King Institute of Preventive Medicine Micro-Biological Section reports 1909-11
Year: 1909
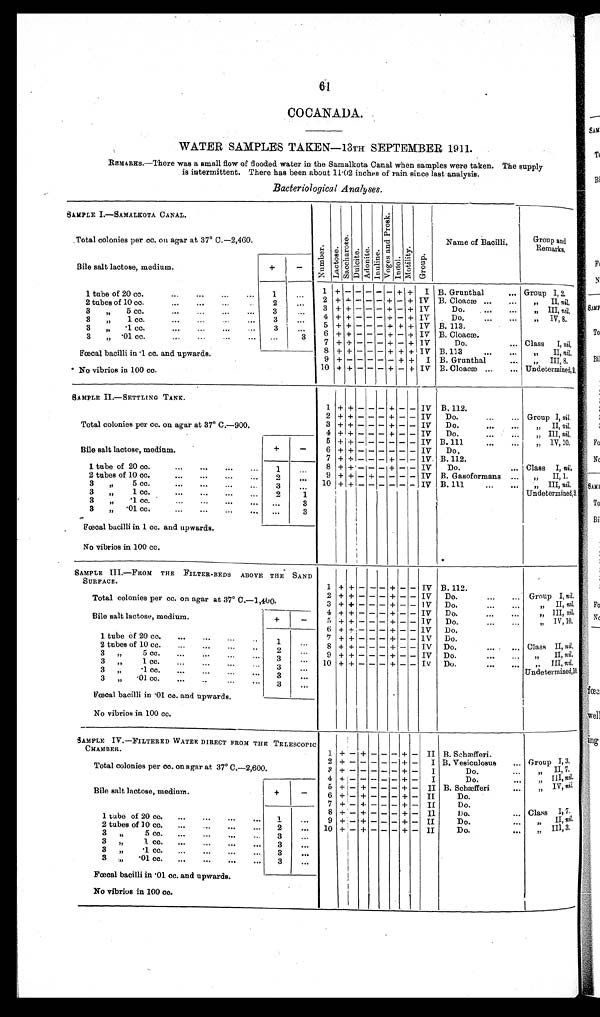
61
COCANADA.
WATER SAMPLES TAKEN —13TH SEPTEMBER 1911.
REMARKS.—There was a small flow of flooded water in the Samalkota Canal when samples were taken. The supply
is intermittent. There has been about 11 .02 inches of rain since last analysis.
Bacteriological Analyses.
SAMPLE I.—SAMALKOTA CANAL.
N u m b e r .
L a c t o s e .
S a c c h a r o s e .
D u l c i t e .
Adoni t e . I n u l i n e .
V o g e s a n d P r o s k .
I n d o l .
M o t i l i t y .
G r o u p .
Name of Bacilli.
Group and Remarks.
l'
Total colonies per cc. on agar at 37° C—2,460.
Bile salt lactose, medium.
+
-
1 tube of 20 cc.
...
...
...
...
1
. . .
1 +
-
- - - - + +
I B. Grunthal
.... Group I, 2.
2 + +
. - . - . . . - +
- + IV B. Cloacæ ...
. . .
II, nil,
2 tubes of 10 cc.
.
...
....
2
. . .
,, III nil,
3 + +
. . - - . - +
- + IV
Do.
. . .
3 ,, 5
cc
...
...
3
. . .
4 + +
. - . - . - +
- + IV
Do.
...
. . .
,, IV, 8.
3
,, 1 c c .
. . .
. . .
. . .
3
. . .
5
+ +
- - - + + + IV B. 113.
3
,,
.1 cc.
...
...
...
...
3
. . .
6 + +
- - - +
- + IV B. Cloacm.
3
„ .01 cc. ... ... ...
. . .
3
Class
I, nil.
7 + +
- - . - +
- + IV
Do.
. . .
8 + +
- - - + + + IV B. 113
. . .
...
II, nil,
Fœcal bacilli in .1 cc. and upwards.
„
III, 8.
9
+ -
- - - - + +
I B. Grunthal
. . .
*No vibrios in 100 cc.
Undetermined,,2,
10 + +
- - - +
- + IV B. Cloacae ...
. . .
SAMPLE II.—SETTLING TANK.
1
+ + -
- - + -
-
IV B.112.
Group I, nil,
Total colonies per cc. on agar at 37° C.—900.
2 + + -
- - +
- . - . IV
Do.
...
...
3 + + -
- - +
- . . - . IV
Do.
. . .
...
, , I I , n i l ,
, , I I I n i l
4
+ + -
- - + - - IV
Do.
. . .
...
1V, 10,
Bile salt lactose, medium.
+
-
5
+ + -
- - + - - IV B. 111
. . .
...
. . .
. . .
6 + +
-
- - + - - IV
Do.
7
+ + -
- - + - - IV. B.112.
Class I, nil,
1 tube of 20 cc.
...
. . .
. . .
1
. . .
8
+ + ++ -
- - + + - . . - . IV
Do.
...
, , I I 1 .
2 tubes of 10 cc.
...
. . .
. . .
2
. . .
9 + + -
+ - . + . . - . . - . IV B. Gasoformans ...
...
, , I I I , n i l ,
10 + +
-
- - + - - IV B. 111
. . .
. . .
3
„
5 cc.
...
. . .
. . .
3
. . . . . .
Undetermined,9,
3
„
1 cc.
...
. . .
. . .
2
1
3 , , . 1 c c
. . .
. . .
. . .
. . .
3
3
„
. 0 1 c c .
. . .
. . .
. . .
3
Fœcal bacilli in 1 cc. and upwards.
No vibrios in 100 cc.
SAMPLE III.—FROM THE FILTER-BEDS ABOVE THE SAND
SURFACE.
1 + + -
- - + -
- IV B. 112.
Group I, nil,
Total colonies per cc. on agar at 37° C.—1,400.
2 + + -
- - + -
- IV
Do.
...
...
, , I I , n i l.
3 + + -
- - + -
- IV
Do.
. . .
...
, , I I I n i l
Bile salt lactose, medium.
+
-
4 +
+ -
- - + -
- IV
Do.
...
...
,, IV, 10,
5 + + -
- - + -
- IV
Do
. . .
....
6 +
+ -
- - + -
- IV
Do.
1 tube of 20 cc.
...
...
...
1
. . . '7 +
+ -
- - + -
- IV
Do.
Class II, nil,
2 tubes of 10 cc.
...
...
...
...
2
. . .
8 + + -
- - + -
- IV Do.
...
, , I I , n i l,
3
,,
5 cc.
...
...
...
...
3
. . .
9 + + -
- - + -
- IV Do
. . .
...
, , I I I , n i l ,
3
„
1 cc.
. . .
3
. . .
1 0 + + -
- - + -
- IV
Do
. . .
....
Undetermined,10.
3 ,, 01cc
...
. . .
. . .
3
. . .
I
3
„
01 cc.
. . .
3
. . .
1
Fœcal bacilli in .01 cc. and upwards.
No vibrios in 100 cc.
SAMPLE IV.—FILTERED WATER DIRECT FROM THE TELESCOPIC
CHAMBER.
1 + - +
- - - + - II B. Schmfferi.
Group I,3.
2
+ -
- - - - + - I B. Vesiculosus
...
Total colonies per cc. on agar at 37° C.—2,600.
,,
I I , 7 .
3
+ -
- - - - + - I
D o . . . .
4 + -
- - - - + - I
D o . . . .
, , I I I , n i l .
Bile salt lactose, medium.
+
-
,, IV, nil,
5 + - +
- - - + - II B. Schæfferi
...
6 + - + - - - + - II
Do.
7 + - +
- - - + - II
Do.
Class I,7.
1 tube of 20 cc.
...
...
....
. . .
1
. . .
8 + - +
- - - + -
I I
Do.
...
, , I I , n i l .
9 + - + - - - + - II
Do ....
2 tubes of 10 cc.
...
..
•
. . .
2
. . .
,, III, 3 .
10 + - + - - - + - II
Do ....
3
,,
5cc.
...
...
...
. . .
3
. . . . .
3. ,, 1cc
...
...
....
. . .
3
. . .
3
,, 1cc
...
...
....
. . .
3
. . .
3
,,
.01 cc
...
...
...
. . .
3
. . .
Fœcal bacilli in '01 cc. and upwards.
No vibrios in 100 cc.